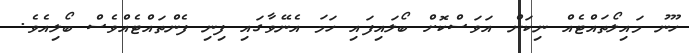
ހޫނު މައިލޯތައްޓެއް ނިކަން އަވަސްކޮށް ބޯލައިފައި ހަމަ އެނޭވާގައި ފިނި ފެންތައްޓެއްވެސް ބޯލިއެވެ.